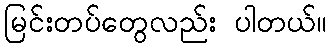
မြင်းတပ်တွေလည်း ပါတယ်။